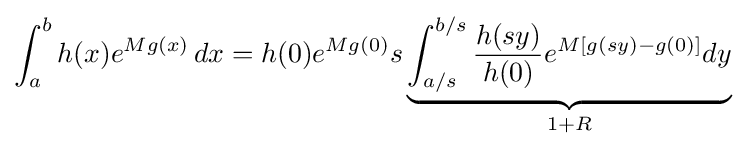
\int _{a}^{b}h(x)e^{Mg(x)}\,dx=h(0)e^{Mg(0)}s\underbrace {\int _{a/s}^{b/s}{\frac {h(sy)}{h(0)}}e^{M\left[g(sy)-g(0)\right]}dy} _{1+R}